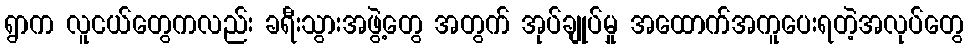
ရွာက လူငယ်တွေကလည်း ခရီးသွားအဖွဲ့တွေ အတွက် အုပ်ချုပ်မှု အထောက်အကူပေးရတဲ့အလုပ်တွေ